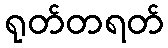
ရုတ်တရတ်